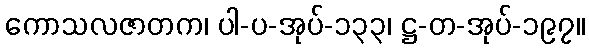
ကောသလဇာတက၊ ပါ-ပ-အုပ်-၁၃၃၊ ဋ္ဌ-တ-အုပ်-၁၉၇။